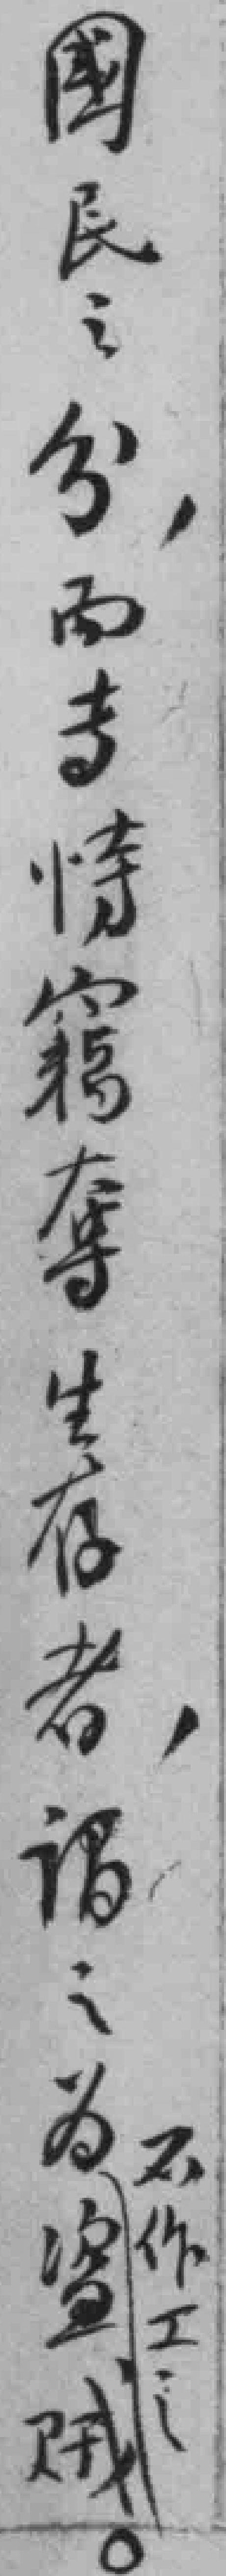
國民之分，而专恃窮奪生存者，谓之不作工之为盗贼。